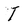
Character: T